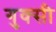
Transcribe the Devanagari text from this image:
गुक्सी